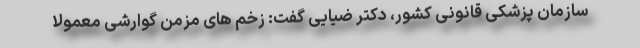
سازمان پزشکی قانونی کشور، دکتر ضیایی گفت: زخم های مزمن گوارشی معمولا